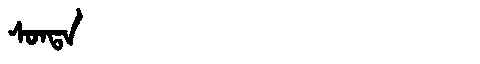
Manchu: ᠰᠣᠨᡨᠠ
Romanization: SONTA